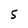
Character: 5